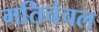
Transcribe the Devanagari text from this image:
गतिचंचल